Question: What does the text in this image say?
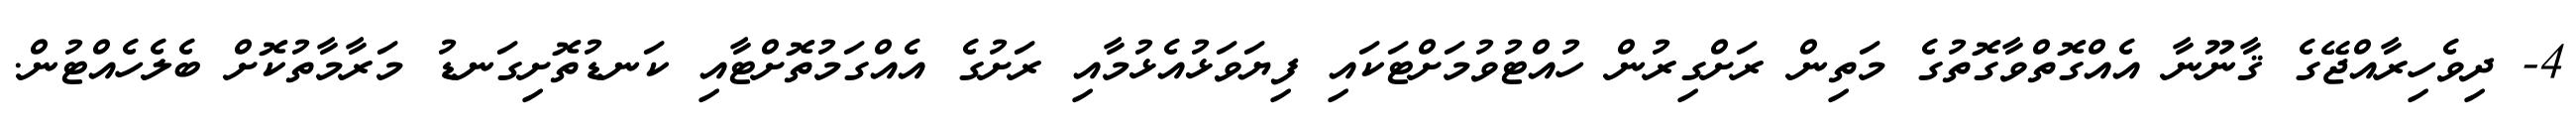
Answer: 4- ދިވެހިރާއްޖޭގެ ޤާނޫނާ އެއްގޮތްވާގޮތުގެ މަތިން ރަށްގިރުން ހުއްޓުވުމަށްޓަކައި ފިޔަވަޅުއެޅުމާއި ރަށުގެ އެއްގަމުތޮށްޓާއި ކަނޑުތޮށިގަނޑު މަރާމާތުކޮށް ބެލެހެއްޓުން.